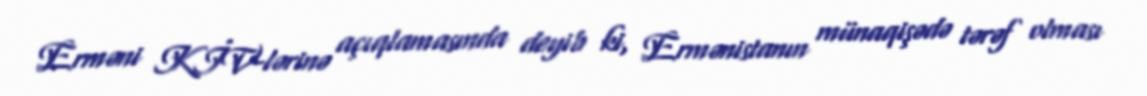
Erməni KİV-lərinə açıqlamasında deyib ki, Ermənistanın münaqişədə tərəf olması